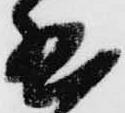
給